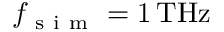
f _ { \mathrm { ~ s ~ i ~ m ~ } } = 1 \, \mathrm { T H z }